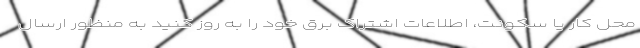
محل کار یا سکونت، اطلاعات اشتراک برق خود را به روز کنید به منظور ارسال